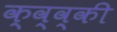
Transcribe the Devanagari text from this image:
क्व्व्की